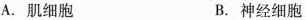
A.肌细胞 B.神经细胞